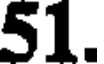
51.